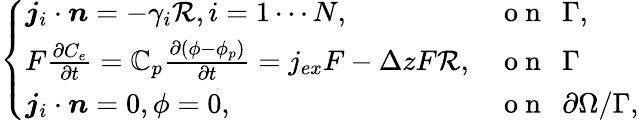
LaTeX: \left\{ \begin{array}{ll}{\boldsymbol{j}_{i}\cdot\boldsymbol{n}=-\gamma_{i}\mathcal{R},i=1\cdots N,}&{\mathrm{~o~n~~~}\Gamma,}\\ {F\frac{\partial C_{e}}{\partial t}=\mathbb{C}_{p}\frac{\partial(\phi-\phi_{p})}{\partial t}=j_{ex}F-\Delta zF\mathcal{R},}&{\mathrm{~o~n~~~}\Gamma}\\ {\boldsymbol{j}_{i}\cdot\boldsymbol{n}=0,\phi=0,}&{\mathrm{~o~n~~~}\partial\Omega/\Gamma,}\end{array}\right.